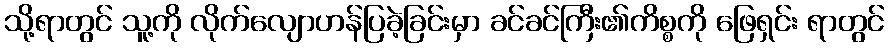
သို့ရာတွင် သူ့ကို လိုက်လျောဟန်ပြခဲ့ခြင်းမှာ ခင်ခင်ကြီး၏ကိစ္စကို ဖြေရှင်း ရာတွင်